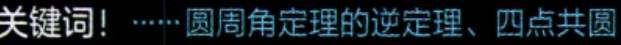
关键词！……圆周角定理的逆定理、四点共圆